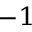
^ { - 1 }